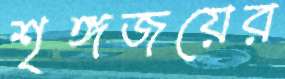
শৃঙ্গজয়ের